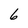
Character: 6